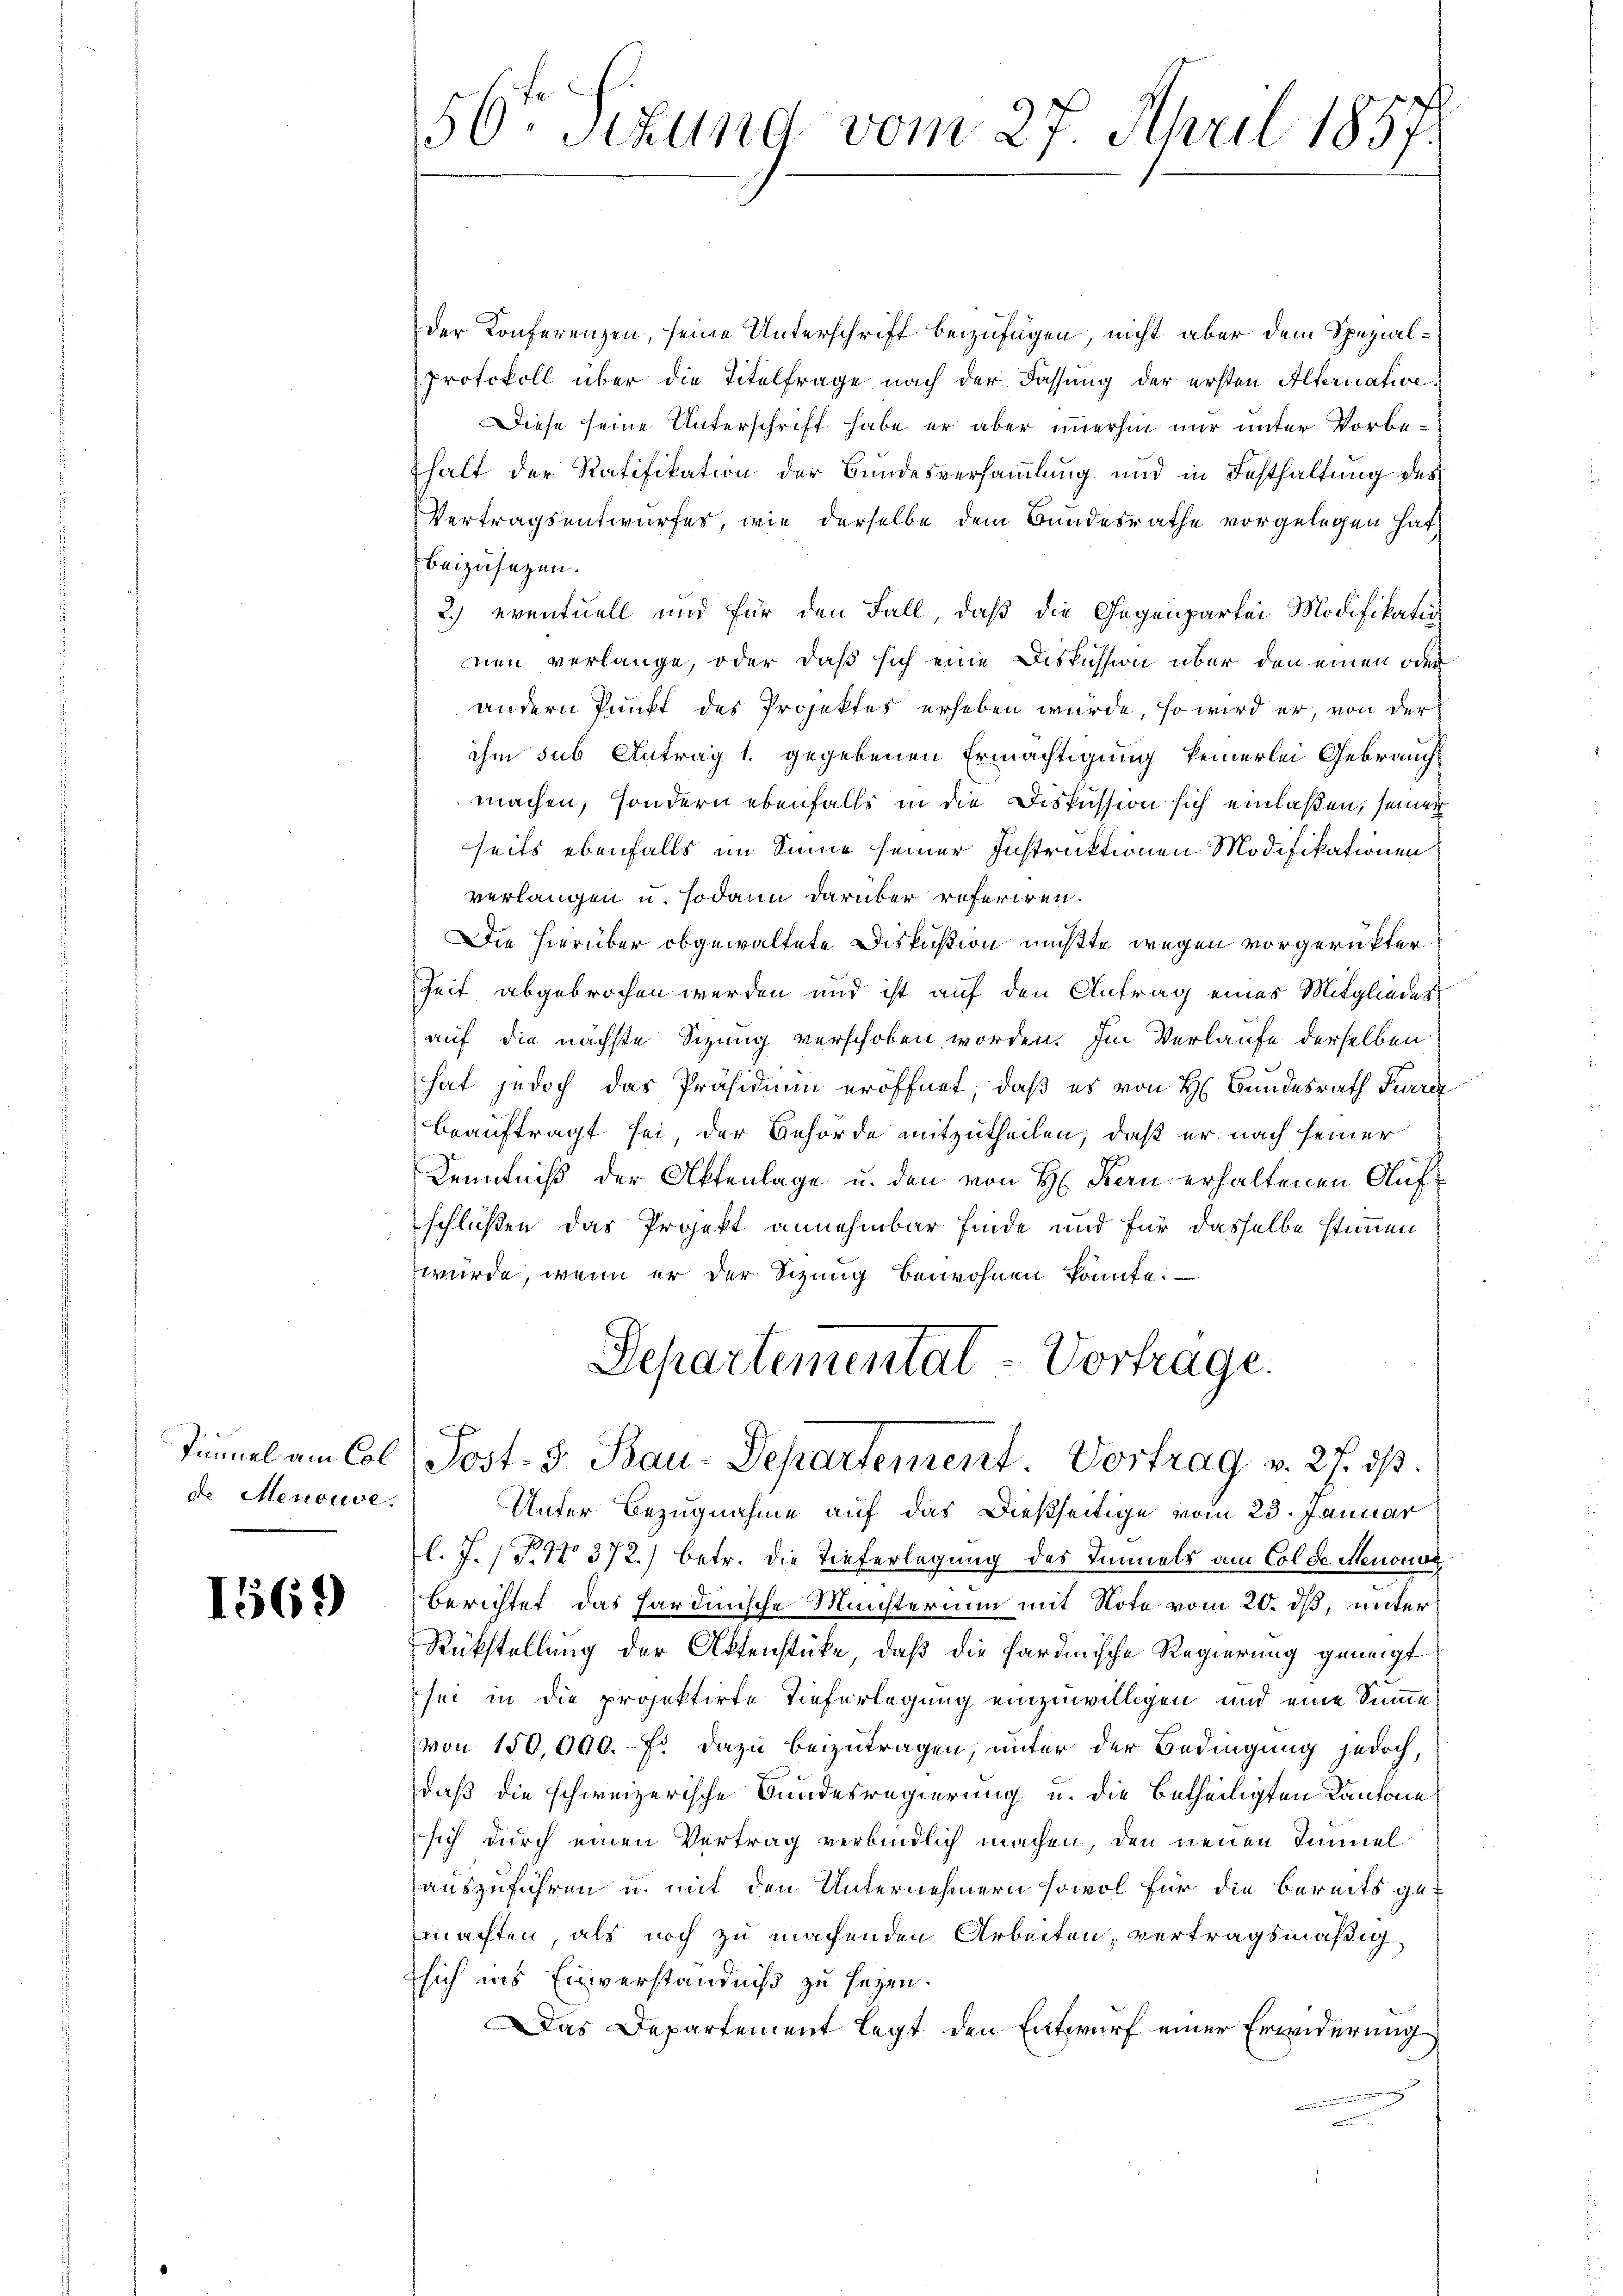
de Menouve

1569

der Konferenzen, seine Unterschrift beizufügen, nicht aber dem Spezial¬
Protokoll über die Titelfrage nach der Fassung der ersten Alternative
Diese seine Unterschrift habe er aber immerhin nur unter Vorbehalt der Ratifikation der Bundesversammlung und in Festhaltung des
Vertragsentwurfes, wie derselbe dem Bundesrathe vorgelegen hat,
beizusetzen.
2.) eventuell und für den Fall, daß die Gegenpartei Modifikatio
nen verlange, oder daß sich eine Diskussion über den einen oder
andern Punkt des Projektes erheben wurde, so wird er, von der
ihm sub Antrag 1. gegebenen Ermächtigung keinerlei Gebrauch
machen, sondern ebenfalls in die Diskussion sich einlaßen, seiner
seits ebenfalls im Sinne seiner Instruktionen Modifikationen
verlangen u. sodann darüber referiren.
Die hierüber obgewaltete Diskußion mußte wegen vorgerükter¬
Zeit abgebrochen werden und ist auf den Antrag eines Mitglieder
auf die nächste Sizung verschoben worden. Im Verlaufe derselben
hat jedoch das Präsidium eröffnet, daß es von H. Bundesrath Furrez
beauftragt sei, der Behörde mitzutheilen, daß er nach seiner
Kenntniß der Aktenlage u. den von H. Kern erhaltenen Aufschlüßen das Projekt annehmbar finde und für dasselbe stimmen
würde, wenn er der Sitzung bewohnen konnte.
Departementat - Vortrage.

.
50. Sitzung vom 27. April 1857.

Tunnel am Col Post- 5. Bau-Departement. Vortrag v. 27. ds.

Unter Bezugnahme auf das Dießseitige vom 23. Januar
l. J. P. Nr. 372.) betr. die Tieferlegung des Immels am Colde Menonen
Berichtet das Hardinische Meisterium mit Note vom 20. dß, unter
Rückstellung der Aktenstücke, daß die Sardinische Regierung geneigt
sei in die projektirte Tieferlegung einzuwilligen und eine Summe
von 150,000.- F. dazu beizutragen, unter der Bedingung jedoch,
daß die schweizerische Bundesregierung u. die betheiligten Kantone
sich durch einen Vertrag verbindlich machen, den neuen Tannel
auszuführen u. mit den Unternehmern sowol für die Bereits gemachten, als noch zu machenden Arbeiten, vertragsmäßig
sich ins Einverständniß zu seyen.
Das Departement legt den Entwurf einer Erwiderung